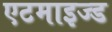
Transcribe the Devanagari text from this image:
एटमाइज्ड